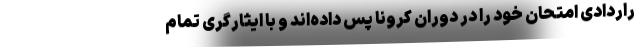
راردادی امتحان خود را در دوران کرونا پس داده‌اند و با ایثارگری تمام